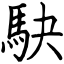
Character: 駃